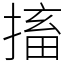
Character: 搐